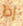
إذا